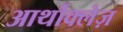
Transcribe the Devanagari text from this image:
आर्थोक्लेज़